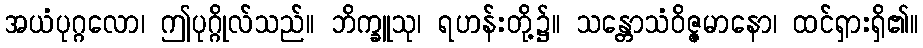
အယံပုဂ္ဂလော၊ ဤပုဂ္ဂိုလ်သည်။ ဘိက္ခူသု၊ ရဟန်းတို့၌။ သန္တောသံဝိဇ္ဇမာနော၊ ထင်ရှားရှိ၏။